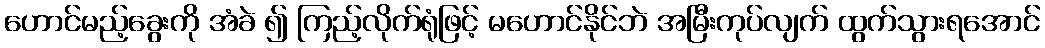
ဟောင်မည့်ခွေးကို အံခဲ ၍ ကြည့်လိုက်ရုံဖြင့် မဟောင်နိုင်ဘဲ အမြီးကုပ်လျက် ထွက်သွားရအောင်